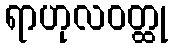
ရာဟုလဝတ္ထု